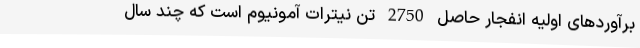
برآوردهای اولیه انفجار حاصل 2750 تن نیترات آمونیوم است که چند سال